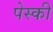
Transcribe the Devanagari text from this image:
पेस्की